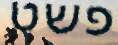
פשט